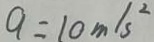
9 = 1 0 m / s ^ { 2 }